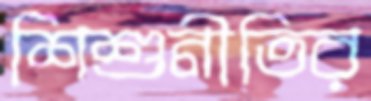
শিশুনীতির